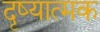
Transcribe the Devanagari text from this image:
दृष्यात्मक